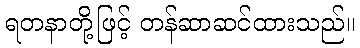
ရတနာတို့ဖြင့် တန်ဆာဆင်ထားသည်။